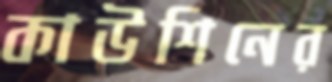
কাউশিনের